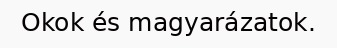
Okok és magyarázatok.